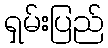
ရှမ်းပြည်